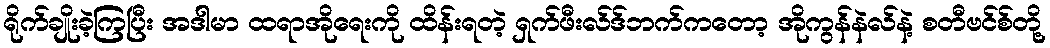
ရိုက်ချိုးခဲ့ကြပြီး အဒါမာ ထရာအိုရေးကို ထိန်းရတဲ့ ရှက်ဖီးလ်ဒ်ဘက်ကတော့ အိုကွန်နဲလ်နဲ့ စတီဗင်စ်တို့